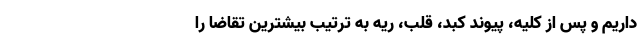
داریم و پس از کلیه، پیوند کبد، قلب، ریه به ترتیب بیشترین تقاضا را